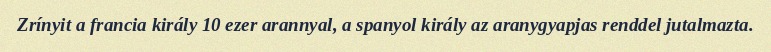
Zrínyit a francia király 10 ezer arannyal, a spanyol király az aranygyapjas renddel jutalmazta.